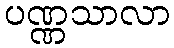
ပဏ္ဏသာလာ